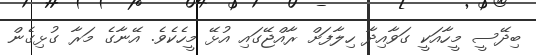
ބިދޭސީ މީހާއަކީ ގަވާއިދާ ހިލާފަށް ރާއްޖޭގައި އުޅޭ މީހެކެވެ. އޭނާގެ މަރާ ގުޅިގެން